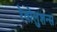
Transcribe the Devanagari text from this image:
रेवोलुशन्स